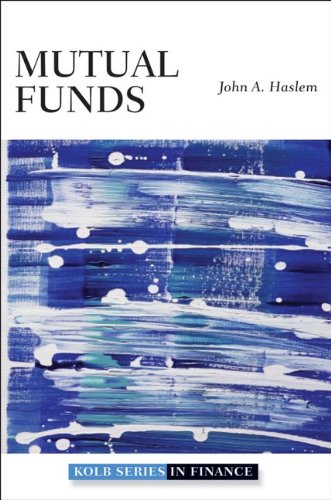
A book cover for Mutual Funds: Portfolio Structures, Analysis, Management, and Stewardship; Business & Money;